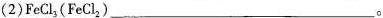
(2)FeCl_{3}，(FeCl_{2})___。